Annual statistical returns and brief notes on vaccination in Bengal - 1887-1898
Year: 1887
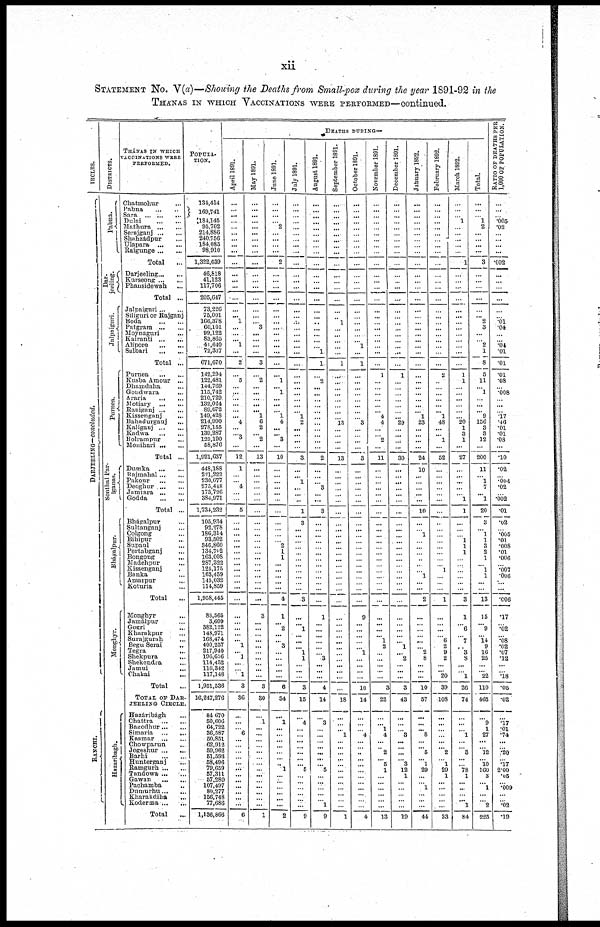
xii
STATEMENT No. V(a)—Showing the Deaths from Small-pox during the year 1891-92 in the
THANAS IN WHICH VACCINATIONS WERE PERFORMED—continued.
CIRCLES.
DARJEELING—concluded.
RANCHI.
DISTRICTS.
Pabna.
Dar¬
jeeling.
Jalpaiguri.
Purnea.
Sonthal Par¬
ganas.
Bhagalpur.
Monghyr.
Hazaribagh.
THÁNAS IN WHICH
VACCINATIONS WERE
PERFORMED.
Chatmohur ...
Pabna
...
...
Sara ... ... ...
Dulai ... ...
Mathura ... ...
Serajganj ... ...
Shanzádpur
...
Ulapara
...
...
Raigunge ... ...
Total ...
Darjeeling ... ...
Kurseong ... ...
Phansidewah ...
Total ...
Jalpaiguri ... ...
Siliguri or Rajganj
Boda
...
...
Patgram ... ...
Moynaguri ...
Kairanti ... ...
Alipore
...
...
Sulbari
...
...
Total ...
Purnea
...
...
Kusba Amour ...
Dhamdaha
...
Gondwara ...
Araria
...
...
Motiary
...
...
Raniganj ... ...
Kissenganj ...
Bahadurganj
...
Kaliganj ... ...
Kadwa ... ...
Bolrampur ...
Monihari ... ...
Total ...
Dumka
...
...
Rajmahal ... ...
Pakour
...
...
Deoghur ... ...
Jamtara ... ...
Godda
...
...
Total ...
Bhápalpur ...
Sultanganj ...
Colgong ...
Bihipur
...
Supaul ...
Pertabganj ...
Bongong
...
Madehpur ...
Kissenganj ...
Banka ...
Amarpur ...
Koturia ...
Total ...
Monghyr
...
Jamálpur ...
Gogri ...
Kharakpur ...
Surajgurah ...
Begu Serai
...
Tegra
...
Shekpura ...
Shekendra ...
Jamui ...
Chakai ...
Total
...
TOTAL OF DAR¬
JEELING CIRCLE.
Hazáribágh ...
Chattra
...
...
Bagodhur ... ...
Simaria...
...
Kasmar
...
...
Chowparun ...
Jogeshur ... ...
Barhi
...
...
Hunterganj
...
Ramgurh ... ...
Tandowa ... ...
Gawan
...
...
Pachamba ...
Dumurhu ... ...
Kharakdiha ... ...
Koderma ... ...
Total ...
POPULA¬
TION.
134,414
169,741
184,145
95,702
214,886
240,756
184,085
98,910
1,322,639
46,818
41,123
117,706
205,647
73,226
75,001
166,378
60,101
99,122
83,865
41,640
72,337
671,670
142,294
122,481
144,769
115,742
210,729
132,024
89,672
149,428
214,990
278,155
139,287
123,190
58,876
1,921,637
448,188
221,222
230,677
275,448
173,726
384,971
1,734,232
105,934
92,278
186,314
93,502
346,860
134,702
163,008
287,322
125,175
163,459
145,032
114,859
1,958,445
85,565
3,609
382,122
148,971
168,474
400,257
217,940
196,656
114,452
116,342
117,148
1,951,536
16,247,276
84,670
50,606
64,722
36,587
50,851
62,912
59,962
51,593
58,496
79,659
57,311
57,289
107,497
80,277
156,748
77,686
1,136,866
DEATHS DURING—
April 1891.
...
...
...
...
...
...
...
...
...
...
...
...
...
...
...
... 1
...
...
... 1
...
2
...
5
...
...
...
...
...
... 4
...
... 3
...
12
1
...
... 4
...
...
5
...
...
...
...
...
...
...
...
...
...
...
...
...
...
...
...
...
... 1
... 1
...
...
1
3
36
...
...
... 6
...
...
...
...
...
...
...
...
...
...
...
...
6
May 1891.
...
...
...
...
...
...
...
...
...
...
...
...
...
...
...
...
... 3
...
...
...
...
3
...
2
...
...
... ...
... 1
6
2
...
2
...
13
...
...
...
...
...
...
...
...
...
...
...
...
...
...
...
...
...
...
...
...
3
...
...
...
...
...
...
...
...
...
...
3
30
...
1
...
...
...
...
...
...
... ...
...
...
...
...
...
...
1
June 1891.
...
...
...
...
2
...
...
...
...
2
...
...
...
...
...
...
...
...
...
...
...
...
...
...
1
... 1
...
...
...
1
4
...
...
3
...
10
...
...
...
...
...
...
...
...
...
...
...
2
1
1
...
...
...
...
...
4
1
... 2
...
...
3
...
...
...
...
...
6
34
...
1
...
...
...
...
...
...
...
1
...
...
...
...
...
...
2
July 1891.
...
...
...
...
...
...
...
...
...
...
...
...
...
...
...
...
...
...
...
...
...
...
...
...
...
...
...
...
...
...
1
2
...
...
...
...
3
...
...
1
...
...
...
1
3
...
...
...
...
...
...
...
...
...
...
...
3
...
...
1
...
...
...
1
1
...
...
...
3
15
...
4
...
...
...
...
...
...
... 5
...
...
...
...
...
...
9
August 1891.
...
...
...
...
...
...
...
...
...
...
...
...
...
...
...
...
...
...
...
...
...
1
1
...
2
...
...
...
...
...
...
...
...
...
...
...
2
...
...
...
3
...
...
3
...
...
...
...
...
...
...
...
...
...
...
...
...
1
...
...
...
...
...
...
3
...
...
...
4
14
...
3
...
...
...
...
...
...
... 5
...
...
...
...
...
1
9
September 1891.
...
...
...
...
...
...
...
...
...
...
...
...
...
...
...
...
1
...
...
...
...
...
1
...
...
...
...
...
...
...
...
13
...
...
...
...
13
...
...
...
...
...
...
...
...
...
...
...
...
...
...
...
...
...
...
...
...
...
...
...
...
...
...
...
...
...
...
...
...
18
...
...
...
1
...
...
...
...
...
...
...
...
...
...
...
...
1
October 1891.
...
...
...
...
...
...
...
...
...
...
...
...
...
...
...
...
...
...
...
...
1
...
1
...
...
...
...
...
...
...
...
3
...
...
...
...
3
...
...
...
...
...
...
...
...
...
...
...
...
...
...
...
...
...
...
...
...
9
...
...
...
...
...
1
...
...
...
...
10
14
...
...
...
4
...
...
...
...
... ...
...
...
...
...
...
...
4
November 1891.
...
...
...
...
...
...
...
...
...
...
...
...
...
...
...
...
...
...
...
...
...
...
...
1
...
...
...
...
...
...
4
4
...
...
2
...
11
...
...
...
...
...
...
...
...
...
...
...
...
...
...
...
...
...
...
...
...
...
...
...
...
1
2
...
...
...
...
...
3
22
...
...
1
4
...
...
2
...
5
1 ...
...
...
...
...
...
13
December 1891.
...
...
...
...
...
...
...
...
...
...
...
...
...
...
...
...
...
...
...
...
...
...
...
1
...
...
...
...
...
...
...
29
...
...
...
...
30
...
...
...
...
...
...
...
...
...
...
...
...
...
...
...
...
...
...
...
...
...
...
...
...
...
1
...
2
...
...
...
3
43
...
...
...
3
...
...
... ...
3
12
1
...
...
...
...
...
19
January 1892.
...
...
...
... ...
...
...
...
...
...
...
...
...
...
...
...
...
... ...
...
...
...
...
...
...
...
...
...
...
... 1
23
...
...
...
...
24
10
...
...
...
...
...
10
...
...
1
...
...
...
...
...
...
1
...
...
2
...
...
...
...
...
...
2
8
...
...
...
10
57
...
...
... 8
...
...
5
...
1
29
...
...
1
...
...
...
44
February 1892.
...
...
...
...
...
...
...
...
...
...
...
...
...
...
...
...
...
...
...
...
...
...
...
2
...
...
...
...
...
...
1
48
...
...
1
...
52
...
...
...
...
...
...
...
...
...
...
...
...
...
...
...
1
...
...
...
1
...
...
...
...
6
2
9
2
...
...
20
39
108
...
...
...
...
...
... 2
...
1
29
1
...
...
...
...
...
33
March 1892.
...
...
...
1
...
...
...
...
...
1
...
...
...
...
...
...
...
...
...
...
...
...
...
1
1
...
...
...
...
...
... 20
1
3
1
...
27
...
...
...
...
...
1
1
...
...
...
1
1
1
...
...
...
...
...
...
3
1
...
6
...
7
...
3
8
...
... 1
26
74
...
...
...
1
...
... 3
...
... 78
1 ...
...
...
...
1
84
Total.
...
...
...
1
2
...
...
...
...
3
...
...
...
...
...
... 2
3
...
...
2
1
8
5
11
...
1
...
...
... 9
156
3
3
12
...
200
11
...
1
7
...
1
20
3
... 1
1
3
2
1
...
1
1
...
...
13
15
...
9
...
14
9
16
25
...
...
22
110
465
...
9
1
27
...
...
12
...
10
160
3 ...
1
...
...
2
225
RATIO OF DEATHS PER
1,000 OF POPULATION.
...
...
...
.005
.02
...
...
...
...
.002
...
...
...
...
...
...
.01
.04
...
...
.04
.01
.01
.01
.08
...
.008
...
...
...
.17
.46
.01
.01
.08
...
.10
.02
...
.004
.02
...
.002
.01
.02
...
.005
.01
.008
.01
.006
...
.007
.006
...
...
.006
.17
...
.02
...
.08
.02
.07
.12
...
...
.18
.05
.02
...
.17
.01
.74
...
... .20
...
.17
2.00
.05 ...
.009
...
...
.02
.19